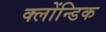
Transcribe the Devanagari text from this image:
क्लोंन्डिक